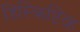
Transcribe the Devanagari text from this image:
डिस्क्रिप्टिव्ह